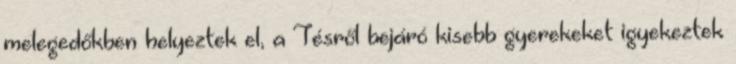
melegedőkben helyeztek el, a Tésről bejáró kisebb gyerekeket igyekeztek